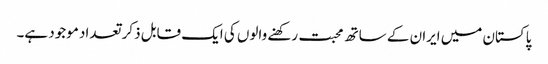
پاکستان میں ایران کے ساتھ محبت رکھنے والوں کی ایک قابل ذکر تعداد موجود ہے۔